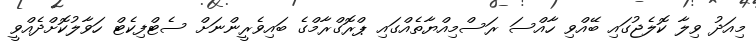
މިއަދު ވިލާ ކޮލެޖުގައި ބޭއްވި ހާއްސަ ރަސްމިއްޔާތެއްގައި ޕްރޮގްރާމްގެ ބައިވެރީންނަށް ސެޓްފިކެޓް ހަވާލުކޮށްދެއްވީ